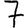
Digit: 7